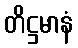
တိဋ္ဌမာနံ